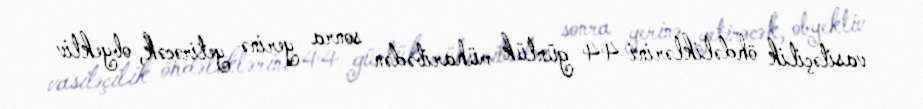
vasitəçilik öhdəliklərini 44 günlük müharibədən sonra yerinə yetirəcək, obyektiv